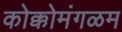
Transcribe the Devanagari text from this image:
कोक्कोमंगळम